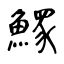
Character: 𩻄